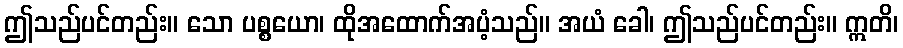
ဤသည်ပင်တည်း။ သော ပစ္စယော၊ ထိုအထောက်အပံ့သည်။ အယံ ခေါ၊ ဤသည်ပင်တည်း။ ဣတိ၊